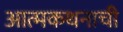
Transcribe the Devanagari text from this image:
आत्मकथनाची